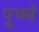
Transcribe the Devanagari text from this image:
पूष्णे